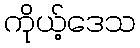
ကိုယ့်ဒေသ